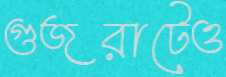
গুজরাটেও